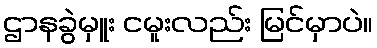
ဌာနခွဲမှူး ငမူးလည်း မြင်မှာပဲ။